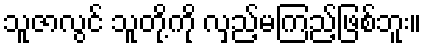
သူဇာလွင် သူတို့ကို လှည့်မကြည့်ဖြစ်ဘူး။